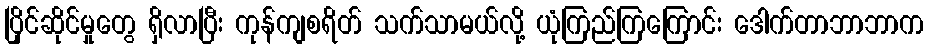
ပြိုင်ဆိုင်မှုတွေ ရှိလာပြီး ကုန်ကျစရိတ် သက်သာမယ်လို့ ယုံကြည်ကြကြောင်း ဒေါက်တာဘာဘာက